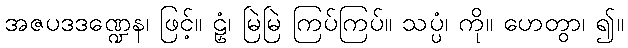
အဇပဒဒဏ္ဍေန၊ ဖြင့်။ ဠှံ၊ မြဲမြဲ ကြပ်ကြပ်။ သပ္ပံ၊ ကို။ ဟေတွာ၊ ၍။